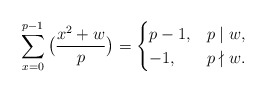
\begin{align*}\sum_{x=0}^{p-1}\big(\frac{x^2+w}{p}\big)=\begin{cases}p-1, & p \mid w,\\-1, & p\nmid w.\end{cases}\end{align*}